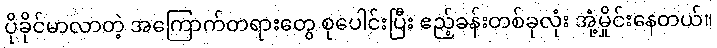
ပိုခိုင်မာလာတဲ့ အကြောက်တရားတွေ စုပေါင်းပြီး ဧည့်ခန်းတစ်ခုလုံး အုံ့မှိုင်းနေတယ်။